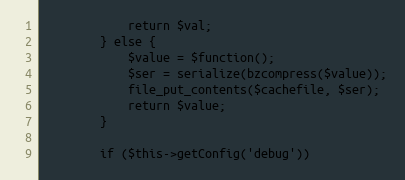
Language: PHP
            return $val;
        } else {
            $value = $function();
            $ser = serialize(bzcompress($value));
            file_put_contents($cachefile, $ser);
            return $value;
        }

        if ($this->getConfig('debug'))